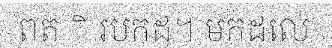
ពត ិ របកដ។ មកដលេ់